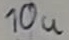
Text: 10u